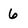
Character: 6